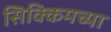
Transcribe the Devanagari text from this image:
सिक्किमच्या